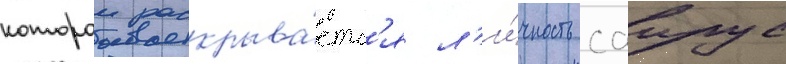
которои раскрыва́етс'я л'и́чность саирус